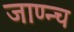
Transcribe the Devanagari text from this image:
जाण्न्च